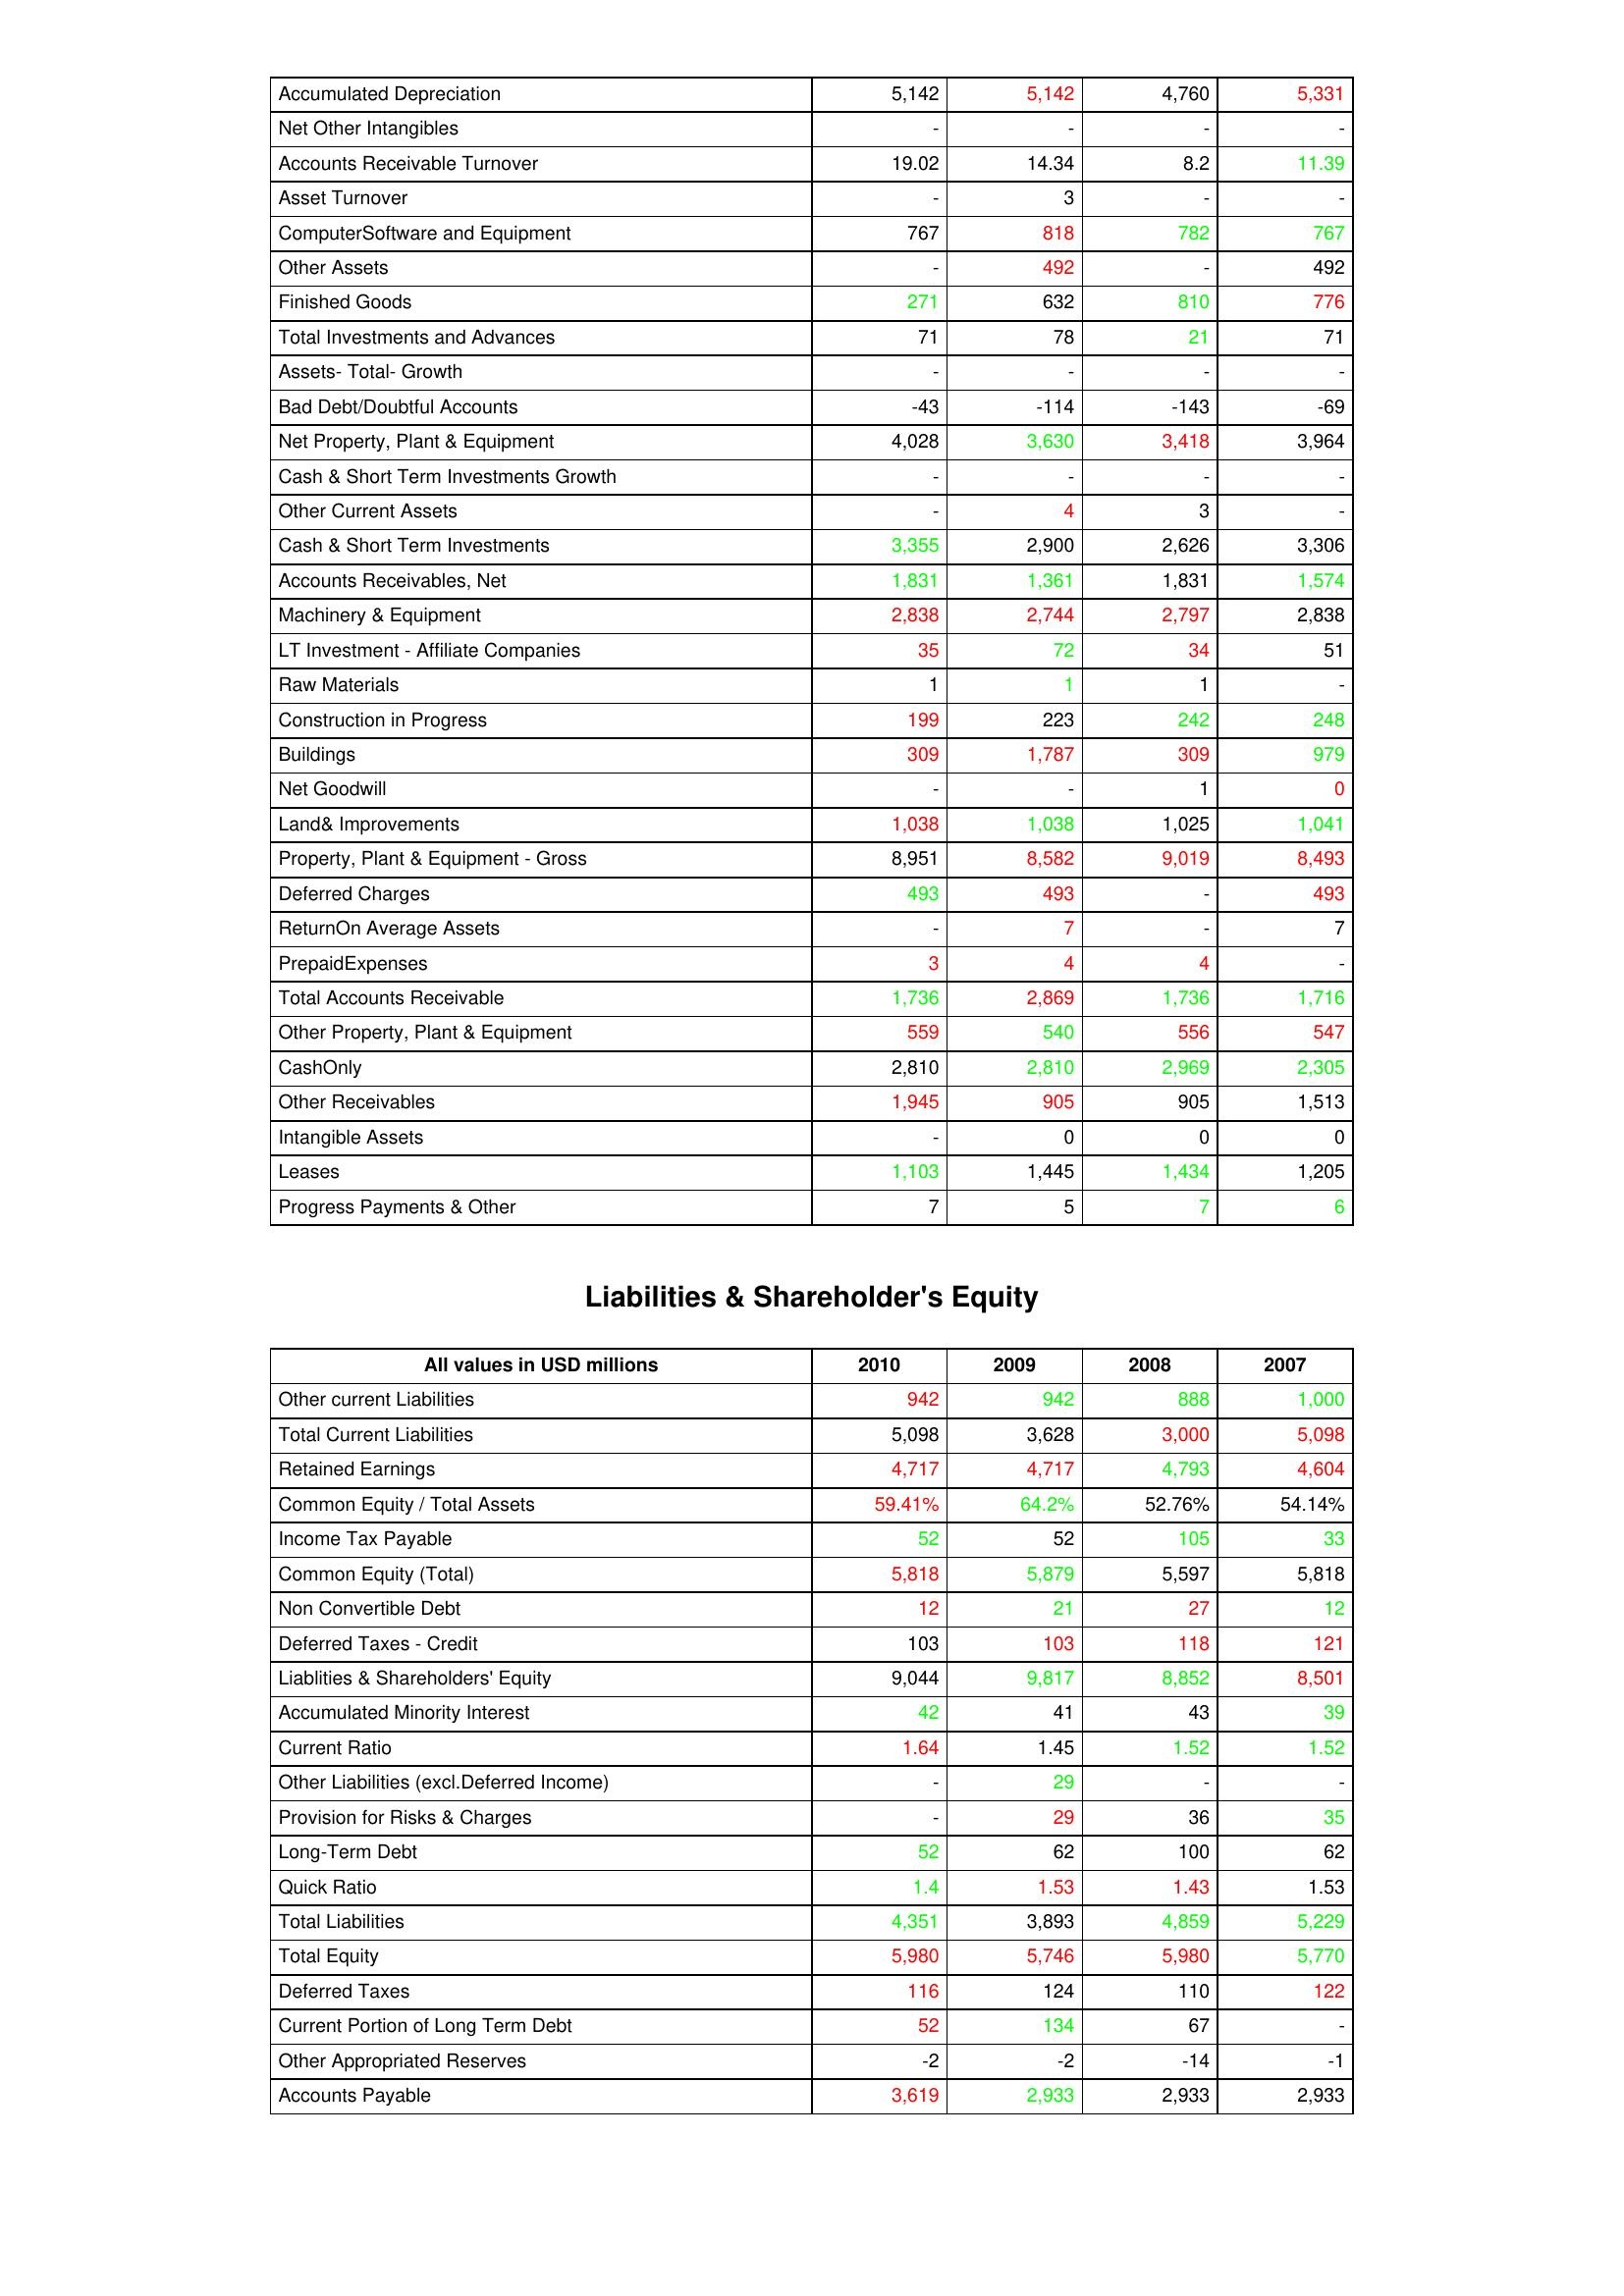
gt_parse: 2010: Assets: Accumulated Depreciation: 5,142
Net Other Intangibles: -
Accounts Receivable Turnover: 19.02
Asset Turnover: -
ComputerSoftware and Equipment: 767
Other Assets: -
Finished Goods: 271
Total Investments and Advances: 71
Assets- Total- Growth: -
Bad Debt/Doubtful Accounts: -43
Net Property, Plant & Equipment: 4,028
Cash & Short Term Investments Growth: -
Other Current Assets: -
Cash & Short Term Investments: 3,355
Accounts Receivables, Net: 1,831
Machinery & Equipment: 2,838
LT Investment - Affiliate Companies: 35
Raw Materials: 1
Construction in Progress: 199
Buildings: 309
Net Goodwill: -
Land& Improvements: 1,038
Property, Plant & Equipment - Gross : 8,951
Deferred Charges: 493
ReturnOn Average Assets: -
PrepaidExpenses: 3
Total Accounts Receivable: 1,736
Other Property, Plant & Equipment: 559
CashOnly: 2,810
Other Receivables: 1,945
Intangible Assets: -
Leases: 1,103
Progress Payments & Other: 7
Liabilities & Shareholder's Equity: Other current Liabilities: 942
Total Current Liabilities: 5,098
Retained Earnings: 4,717
Common Equity / Total Assets: 59.41%
Income Tax Payable: 52
Common Equity (Total): 5,818
Non Convertible Debt: 12
Deferred Taxes - Credit: 103
Liablities & Shareholders' Equity: 9,044
Accumulated Minority Interest: 42
Current Ratio: 1.64
Other Liabilities (excl.Deferred Income): -
Provision for Risks & Charges: -
Long-Term Debt: 52
Quick Ratio: 1.4
Total Liabilities: 4,351
Total Equity: 5,980
Deferred Taxes: 116
Current Portion of Long Term Debt: 52
Other Appropriated Reserves: -2
Accounts Payable: 3,619
2009: Assets: Accumulated Depreciation: 5,142
Net Other Intangibles: -
Accounts Receivable Turnover: 14.34
Asset Turnover: 3
ComputerSoftware and Equipment: 818
Other Assets: 492
Finished Goods: 632
Total Investments and Advances: 78
Assets- Total- Growth: -
Bad Debt/Doubtful Accounts: -114
Net Property, Plant & Equipment: 3,630
Cash & Short Term Investments Growth: -
Other Current Assets: 4
Cash & Short Term Investments: 2,900
Accounts Receivables, Net: 1,361
Machinery & Equipment: 2,744
LT Investment - Affiliate Companies: 72
Raw Materials: 1
Construction in Progress: 223
Buildings: 1,787
Net Goodwill: -
Land& Improvements: 1,038
Property, Plant & Equipment - Gross : 8,582
Deferred Charges: 493
ReturnOn Average Assets: 7
PrepaidExpenses: 4
Total Accounts Receivable: 2,869
Other Property, Plant & Equipment: 540
CashOnly: 2,810
Other Receivables: 905
Intangible Assets: 0
Leases: 1,445
Progress Payments & Other: 5
Liabilities & Shareholder's Equity: Other current Liabilities: 942
Total Current Liabilities: 3,628
Retained Earnings: 4,717
Common Equity / Total Assets: 64.2%
Income Tax Payable: 52
Common Equity (Total): 5,879
Non Convertible Debt: 21
Deferred Taxes - Credit: 103
Liablities & Shareholders' Equity: 9,817
Accumulated Minority Interest: 41
Current Ratio: 1.45
Other Liabilities (excl.Deferred Income): 29
Provision for Risks & Charges: 29
Long-Term Debt: 62
Quick Ratio: 1.53
Total Liabilities: 3,893
Total Equity: 5,746
Deferred Taxes: 124
Current Portion of Long Term Debt: 134
Other Appropriated Reserves: -2
Accounts Payable: 2,933
2008: Assets: Accumulated Depreciation: 4,760
Net Other Intangibles: -
Accounts Receivable Turnover: 8.2
Asset Turnover: -
ComputerSoftware and Equipment: 782
Other Assets: -
Finished Goods: 810
Total Investments and Advances: 21
Assets- Total- Growth: -
Bad Debt/Doubtful Accounts: -143
Net Property, Plant & Equipment: 3,418
Cash & Short Term Investments Growth: -
Other Current Assets: 3
Cash & Short Term Investments: 2,626
Accounts Receivables, Net: 1,831
Machinery & Equipment: 2,797
LT Investment - Affiliate Companies: 34
Raw Materials: 1
Construction in Progress: 242
Buildings: 309
Net Goodwill: 1
Land& Improvements: 1,025
Property, Plant & Equipment - Gross : 9,019
Deferred Charges: -
ReturnOn Average Assets: -
PrepaidExpenses: 4
Total Accounts Receivable: 1,736
Other Property, Plant & Equipment: 556
CashOnly: 2,969
Other Receivables: 905
Intangible Assets: 0
Leases: 1,434
Progress Payments & Other: 7
Liabilities & Shareholder's Equity: Other current Liabilities: 888
Total Current Liabilities: 3,000
Retained Earnings: 4,793
Common Equity / Total Assets: 52.76%
Income Tax Payable: 105
Common Equity (Total): 5,597
Non Convertible Debt: 27
Deferred Taxes - Credit: 118
Liablities & Shareholders' Equity: 8,852
Accumulated Minority Interest: 43
Current Ratio: 1.52
Other Liabilities (excl.Deferred Income): -
Provision for Risks & Charges: 36
Long-Term Debt: 100
Quick Ratio: 1.43
Total Liabilities: 4,859
Total Equity: 5,980
Deferred Taxes: 110
Current Portion of Long Term Debt: 67
Other Appropriated Reserves: -14
Accounts Payable: 2,933
2007: Assets: Accumulated Depreciation: 5,331
Net Other Intangibles: -
Accounts Receivable Turnover: 11.39
Asset Turnover: -
ComputerSoftware and Equipment: 767
Other Assets: 492
Finished Goods: 776
Total Investments and Advances: 71
Assets- Total- Growth: -
Bad Debt/Doubtful Accounts: -69
Net Property, Plant & Equipment: 3,964
Cash & Short Term Investments Growth: -
Other Current Assets: -
Cash & Short Term Investments: 3,306
Accounts Receivables, Net: 1,574
Machinery & Equipment: 2,838
LT Investment - Affiliate Companies: 51
Raw Materials: -
Construction in Progress: 248
Buildings: 979
Net Goodwill: 0
Land& Improvements: 1,041
Property, Plant & Equipment - Gross : 8,493
Deferred Charges: 493
ReturnOn Average Assets: 7
PrepaidExpenses: -
Total Accounts Receivable: 1,716
Other Property, Plant & Equipment: 547
CashOnly: 2,305
Other Receivables: 1,513
Intangible Assets: 0
Leases: 1,205
Progress Payments & Other: 6
Liabilities & Shareholder's Equity: Other current Liabilities: 1,000
Total Current Liabilities: 5,098
Retained Earnings: 4,604
Common Equity / Total Assets: 54.14%
Income Tax Payable: 33
Common Equity (Total): 5,818
Non Convertible Debt: 12
Deferred Taxes - Credit: 121
Liablities & Shareholders' Equity: 8,501
Accumulated Minority Interest: 39
Current Ratio: 1.52
Other Liabilities (excl.Deferred Income): -
Provision for Risks & Charges: 35
Long-Term Debt: 62
Quick Ratio: 1.53
Total Liabilities: 5,229
Total Equity: 5,770
Deferred Taxes: 122
Current Portion of Long Term Debt: -
Other Appropriated Reserves: -1
Accounts Payable: 2,933